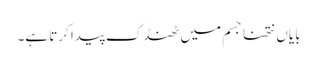
بایاں نتھنا جسم میں ٹھنڈک پیدا کرتا ہے۔